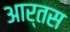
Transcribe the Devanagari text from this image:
आर्तस